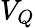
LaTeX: V_{Q}